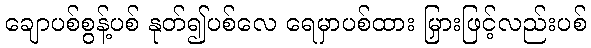
ချောပစ်စွန့်ပစ် နုတ်၍ပစ်လေ ရေမှာပစ်ထား မြှားဖြင့်လည်းပစ်